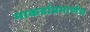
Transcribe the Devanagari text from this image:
माकडांप्रमाणेच